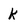
Character: K